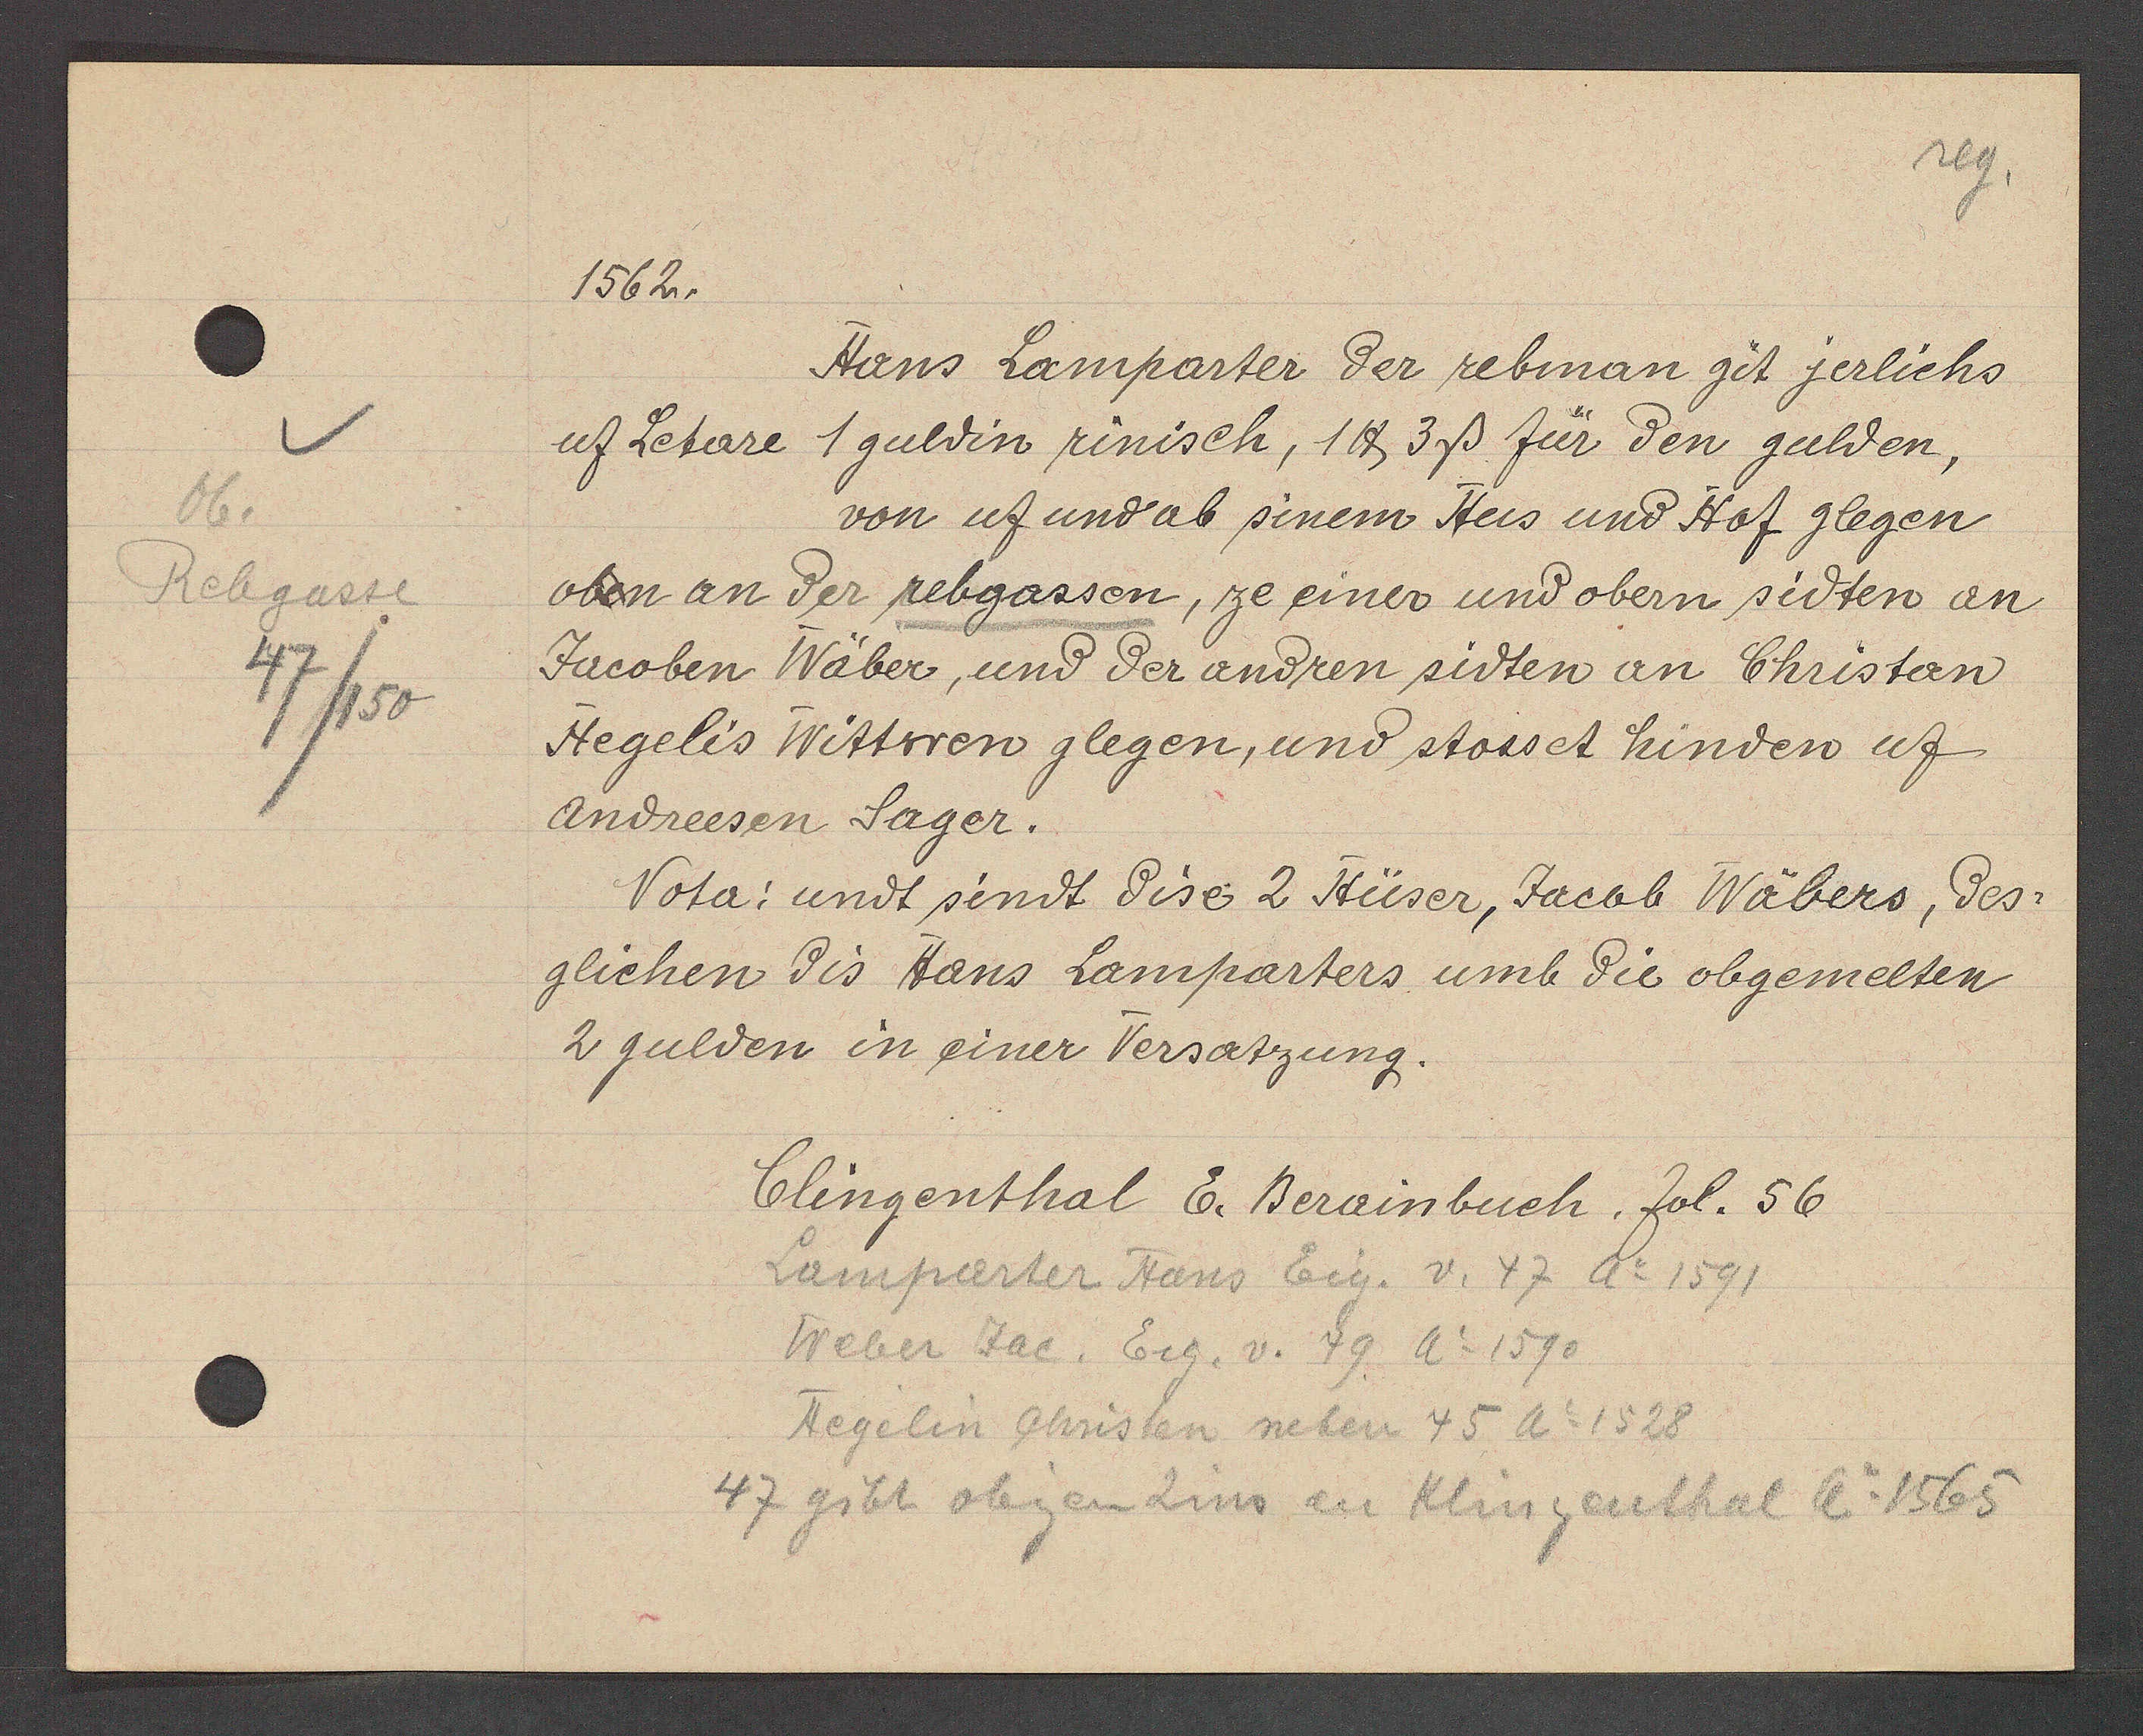
Transcript:
06.
Rebgasse
47/150

1562.

uf Letare 1 guldin rinisch, 1 ℔ 3ß für den gulden,
oben an der rebgassen, ze einer und obern sidten an
Jacoben Wäber, und der andren sidten an Christan
Hegelis Wittwen glegen, und stosset hinden uf
Andreesen Sager.
glichen dis Hans Lamparters umb die obgemelten
2 gulden in einer Versatzung.
Vota: undt sindt dise 2 Hüser, Jacob Wäbers, des
Hans Lamparter der rebman git jerlichs
von uf und ab sinem Hus und Hof glegen

Clingenthal E. Berainbuch. fol. 56

Lamparter Hans Eig. v. 47 Ao 1591
Weber Jac. Eig. v. 49. Ao 1590
Hegelin Christen neben 45 Ao 1528
47 gibt obigen Zins an Klngenthal Ao 1565